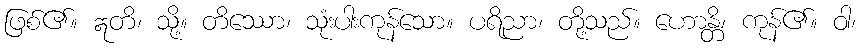
ဖြစ်၏။ ဣတိ၊ သို့။ တိဿော၊ သုံးပါးကုန်သော။ ပရိညာ၊ တို့သည်။ ဟောန္တိ၊ ကုန်၏။ ဝါ၊